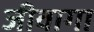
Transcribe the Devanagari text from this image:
जीवागा